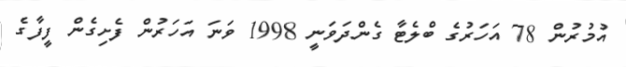
އުމުރުން 78 އަހަރުގެ ބްލެޓާ ގެންދަވަނީ 1998 ވަނަ އަހަރުން ފެށިގެން ފީފާގެ